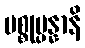
ပစ္စုပ္ပန္နာနိ